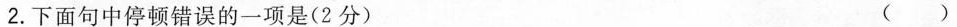
2.下面句中停顿错误的一项是(2分)()